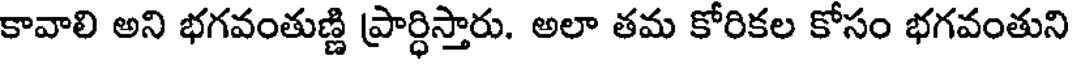
కావాలి అని భగవంతుణ్ణి ప్రార్ధిస్తారు. అలా తమ కోరికల కోసం భగవంతుని